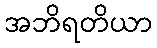
အဘိရတိယာ